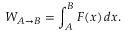
W _ { A \rightarrow B } = \int _ { A } ^ { B } F ( x ) \, d x .